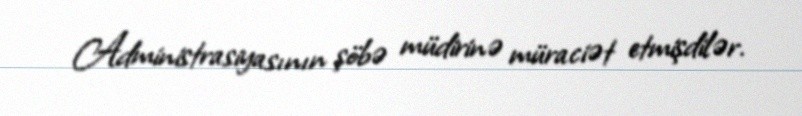
Administrasiyasının şöbə müdirinə müraciət etmişdilər.